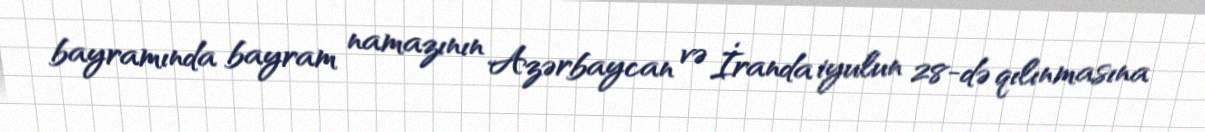
bayramında bayram namazının Azərbaycan və İranda iyulun 28-də qılınmasına